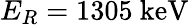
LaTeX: E_{R}=1305~\mathrm{keV}